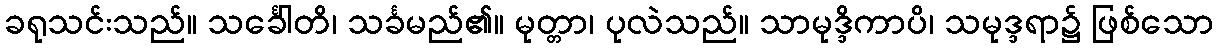
ခရုသင်းသည်။ သင်္ခေါတိ၊ သင်္ခမည်၏။ မုတ္တာ၊ ပုလဲသည်။ သာမုဒ္ဒိကာပိ၊ သမုဒ္ဒရာ၌ ဖြစ်သော